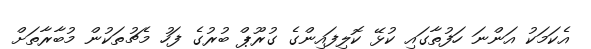
އެކަމަކު އަންނަ ހަފުތާގައި ކުޅޭ ކޮލިފައިންގެ ގުރޫޕް ބުރުގެ ފަހު މެޗުތަކުން މުބާރާތަށް